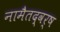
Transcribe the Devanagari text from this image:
नामैतद्वर्ष